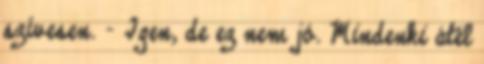
szívesen. – Igen, de ez nem jó. Mindenki átél